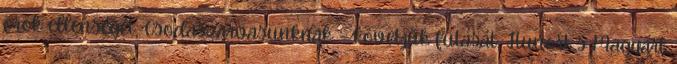
örök ellenségét, Csodaszarvasunknak – követjük futását, Hunort s Magyart